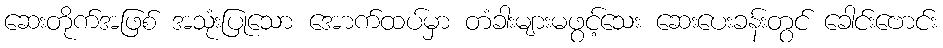
ဆေးတိုက်အဖြစ် အသုံးပြုသော အောက်ထပ်မှာ တံခါးများမဖွင့်သေး ဆေးပေးခန်းတွင် ခေါင်းဗောင်း